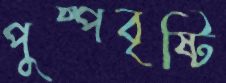
পুষ্পবৃষ্টি